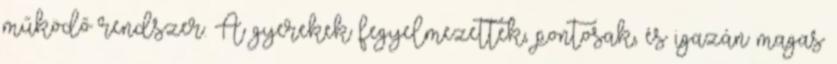
működő rendszer. A gyerekek fegyelmezettek, pontosak, és igazán magas